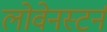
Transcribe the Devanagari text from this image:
लोवेनस्टर्न